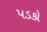
પડકો